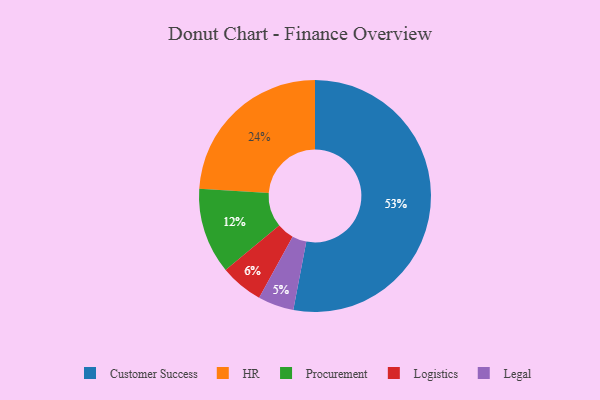
{"axis": {"x": "Category", "y": "Percentage"}, "legend": ["Customer Success", "HR", "Legal", "Logistics", "Procurement"], "data": [{"x": "Procurement", "y": 12, "type": "Procurement"}, {"x": "Customer Success", "y": 53, "type": "Customer Success"}, {"x": "Legal", "y": 5, "type": "Legal"}, {"x": "Logistics", "y": 6, "type": "Logistics"}, {"x": "HR", "y": 24, "type": "HR"}]}